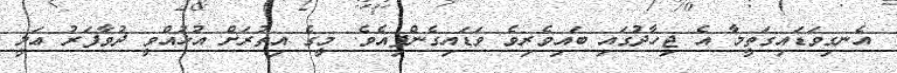
އެނގިވަޑައިގަތީމާ އެ ޖިހާދުގައި ބައިވެރިވެ ވަޑައިގެންފިއެވެ. މީގެ އިތުރަށް އުޅުއްވީ ދުވާފަރު ޢަލީ